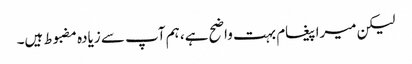
لیکن میرا پیغام بہت واضح ہے، ہم آپ سے زیادہ مضبوط ہیں۔